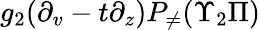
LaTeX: g_{2}(\partial_{v}-t\partial_{z})P_{\neq}(\Upsilon_{2}\Pi)